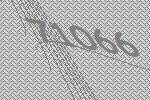
71066